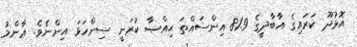
އޮޅުދޫ ކަރައިގެ އާބާދީގެ 81.9 އިންސައްތަ ޙިއްޞާ ކުރަނީ ސިންހަޅަ އިންނެވެ. ޢާންމު